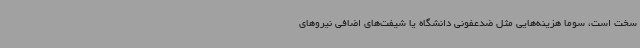
سخت است، سوما هزینه‌هایی مثل ضدعفونی دانشگاه یا شیفت‌های اضافی نیروهای